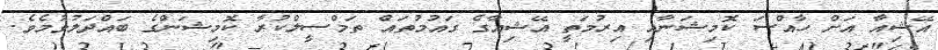
އޭޝިއާ އަށް ހާއްސަ ކޮމިޝަނާއި އިރުމަތީ އޭޝިއާގެ ގައުމުތައް ތަމްސީލްކުރާ ކޮމިޝަންގެ ބައްދަލުވުމެވެ.